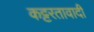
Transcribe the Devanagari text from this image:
कट्टरतावादी